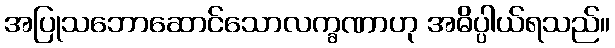
အပြုသဘောဆောင်သောလက္ခဏာဟု အဓိပ္ပါယ်ရသည်။